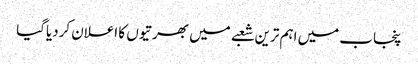
پنجاب میں اہم ترین شعبے میں بھرتیوں کا اعلان کردیاگیا